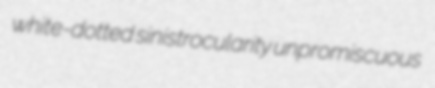
white-dotted sinistrocularity unpromiscuous